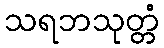
သရဘသုတ္တံ